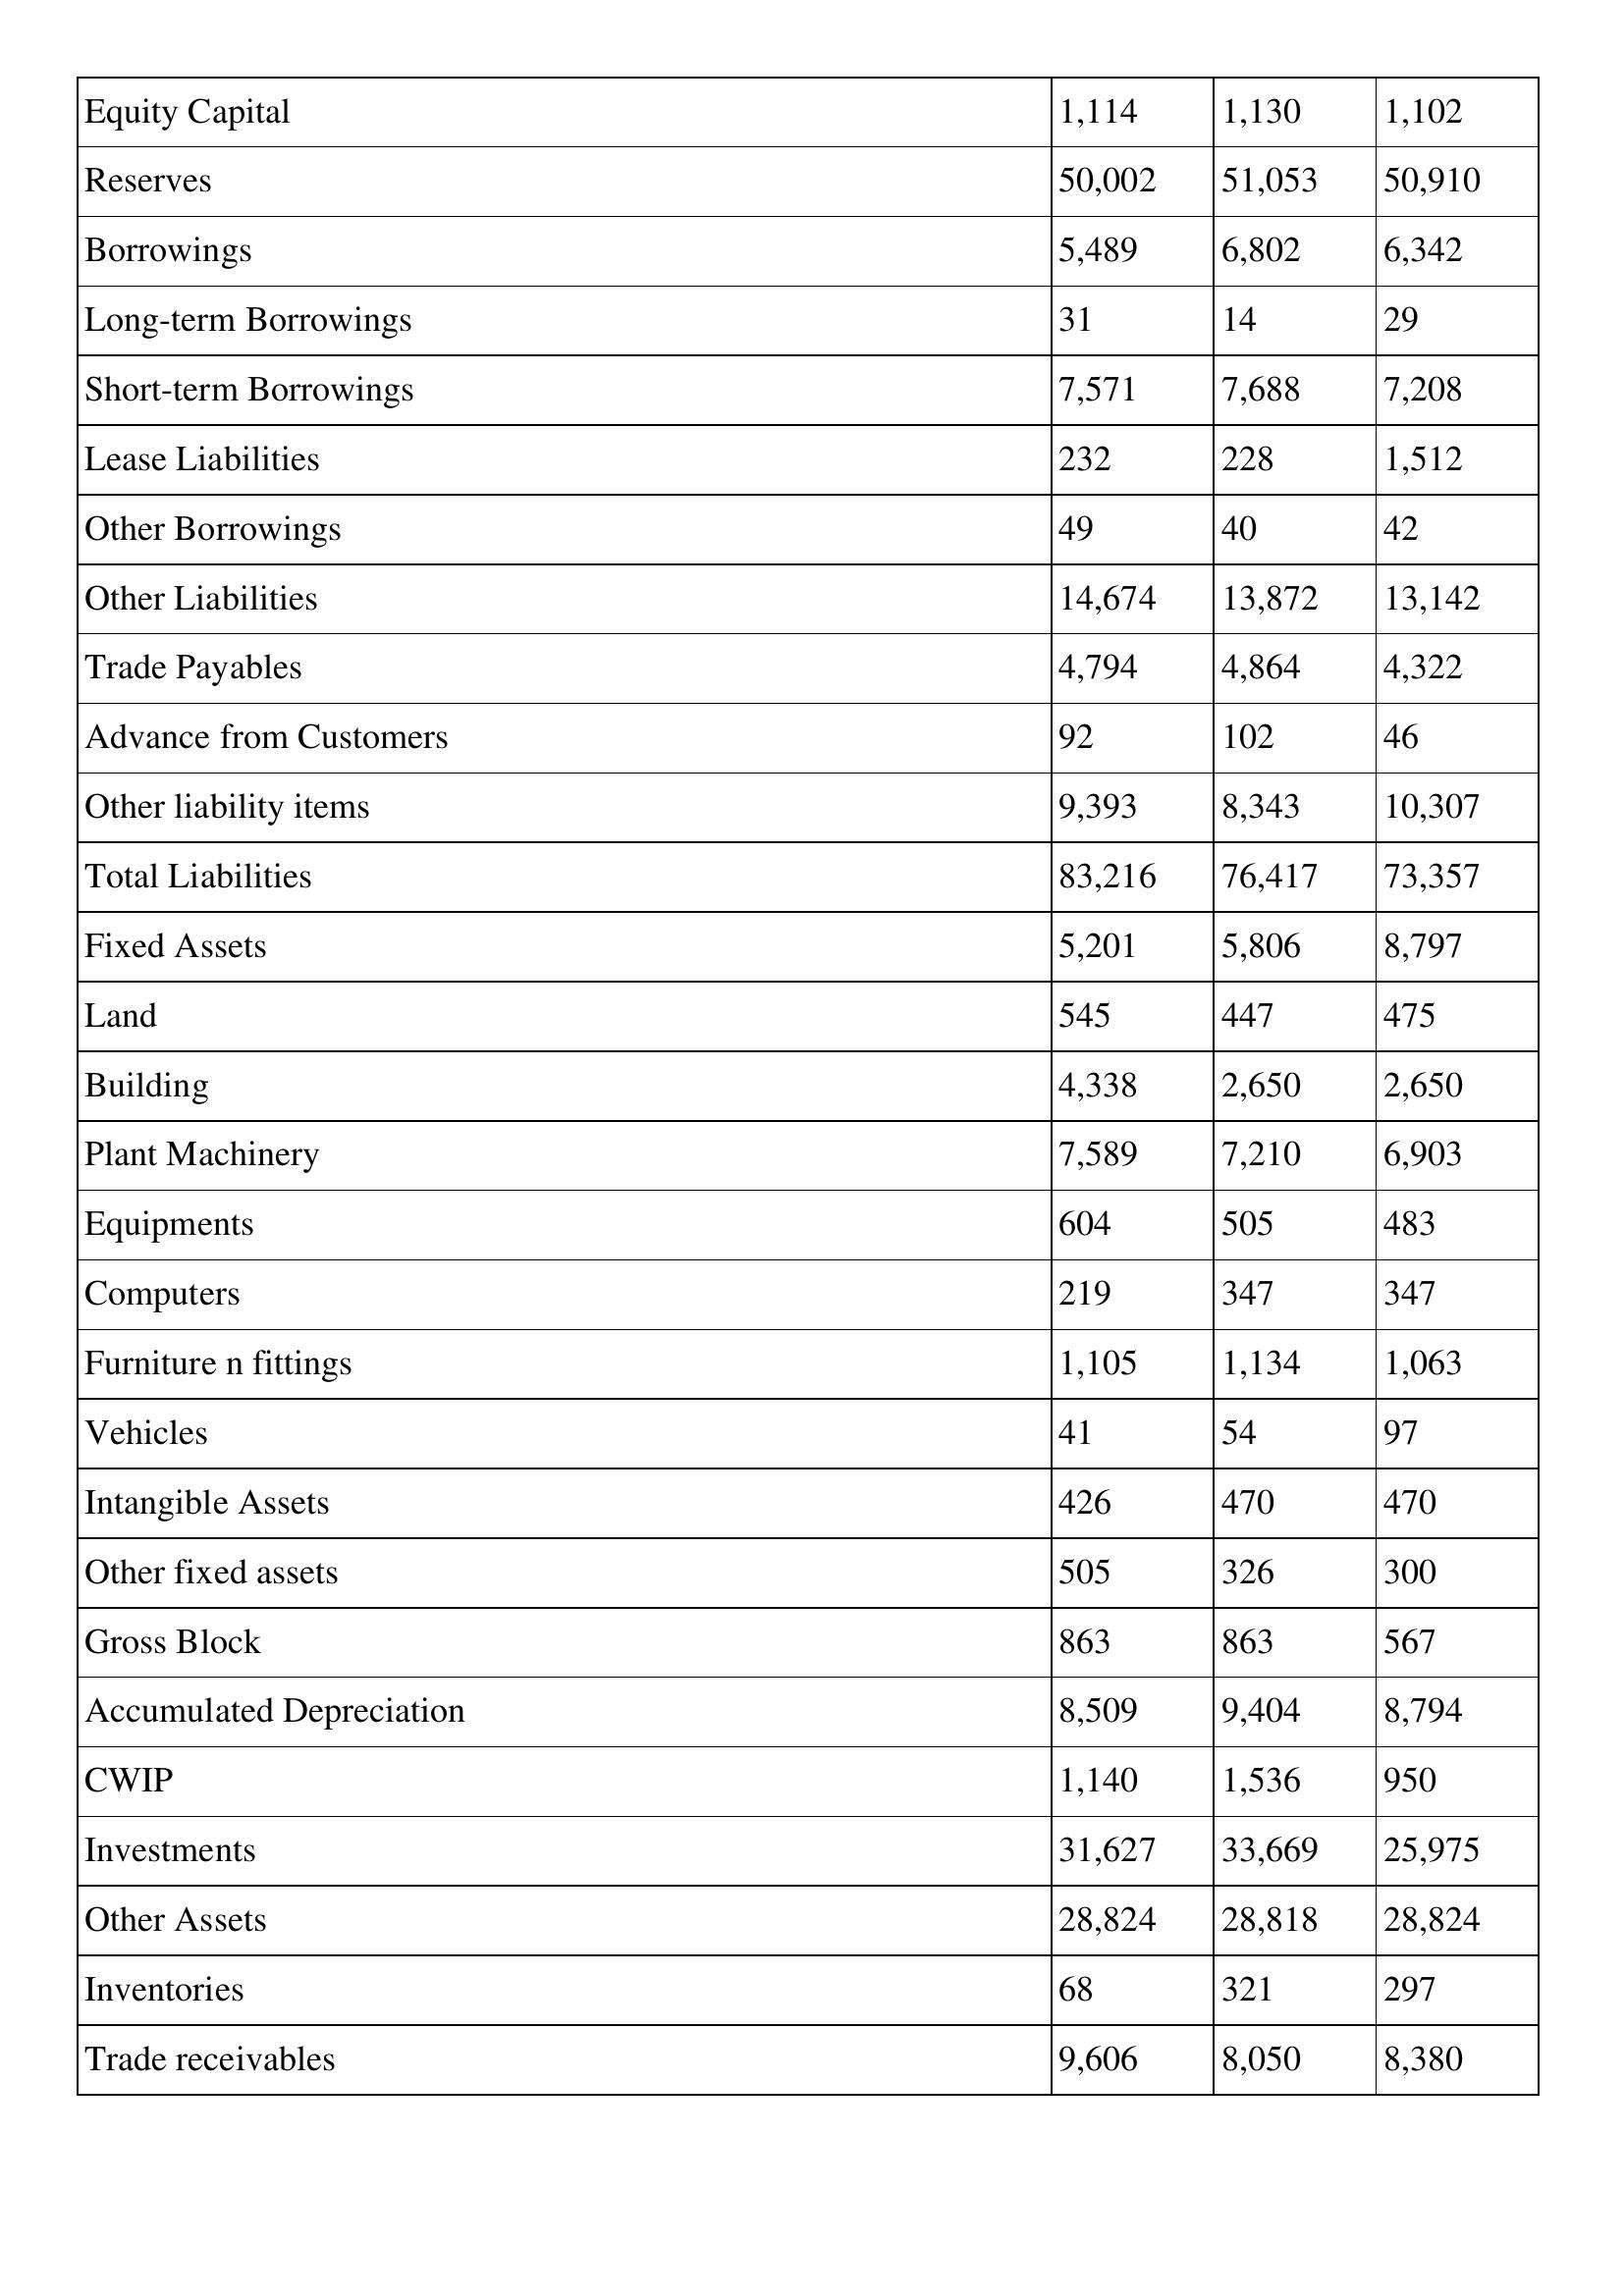
gt_parse: 1995: Balance Sheet: Equity Capital: 1,114
Reserves: 50,002
Borrowings: 5,489
Long-term Borrowings: 31
Short-term Borrowings: 7,571
Lease Liabilities: 232
Other Borrowings: 49
Other Liabilities: 14,674
Trade Payables: 4,794
Advance from Customers: 92
Other liability items: 9,393
Total Liabilities: 83,216
Fixed Assets: 5,201
Land: 545
Building: 4,338
Plant Machinery: 7,589
Equipments: 604
Computers: 219
Furniture n fittings: 1,105
Vehicles: 41
Intangible Assets: 426
Other fixed assets: 505
Gross Block: 863
Accumulated Depreciation: 8,509
CWIP: 1,140
Investments: 31,627
Other Assets: 28,824
Inventories: 68
Trade receivables: 9,606
1994: Balance Sheet: Equity Capital: 1,130
Reserves: 51,053
Borrowings: 6,802
Long-term Borrowings: 14
Short-term Borrowings: 7,688
Lease Liabilities: 228
Other Borrowings: 40
Other Liabilities: 13,872
Trade Payables: 4,864
Advance from Customers: 102
Other liability items: 8,343
Total Liabilities: 76,417
Fixed Assets: 5,806
Land: 447
Building: 2,650
Plant Machinery: 7,210
Equipments: 505
Computers: 347
Furniture n fittings: 1,134
Vehicles: 54
Intangible Assets: 470
Other fixed assets: 326
Gross Block: 863
Accumulated Depreciation: 9,404
CWIP: 1,536
Investments: 33,669
Other Assets: 28,818
Inventories: 321
Trade receivables: 8,050
1993: Balance Sheet: Equity Capital: 1,102
Reserves: 50,910
Borrowings: 6,342
Long-term Borrowings: 29
Short-term Borrowings: 7,208
Lease Liabilities: 1,512
Other Borrowings: 42
Other Liabilities: 13,142
Trade Payables: 4,322
Advance from Customers: 46
Other liability items: 10,307
Total Liabilities: 73,357
Fixed Assets: 8,797
Land: 475
Building: 2,650
Plant Machinery: 6,903
Equipments: 483
Computers: 347
Furniture n fittings: 1,063
Vehicles: 97
Intangible Assets: 470
Other fixed assets: 300
Gross Block: 567
Accumulated Depreciation: 8,794
CWIP: 950
Investments: 25,975
Other Assets: 28,824
Inventories: 297
Trade receivables: 8,380